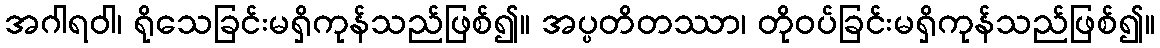
အဂါရဝါ၊ ရိုသေခြင်းမရှိကုန်သည်ဖြစ်၍။ အပ္ပတိတဿာ၊ တိုဝပ်ခြင်းမရှိကုန်သည်ဖြစ်၍။